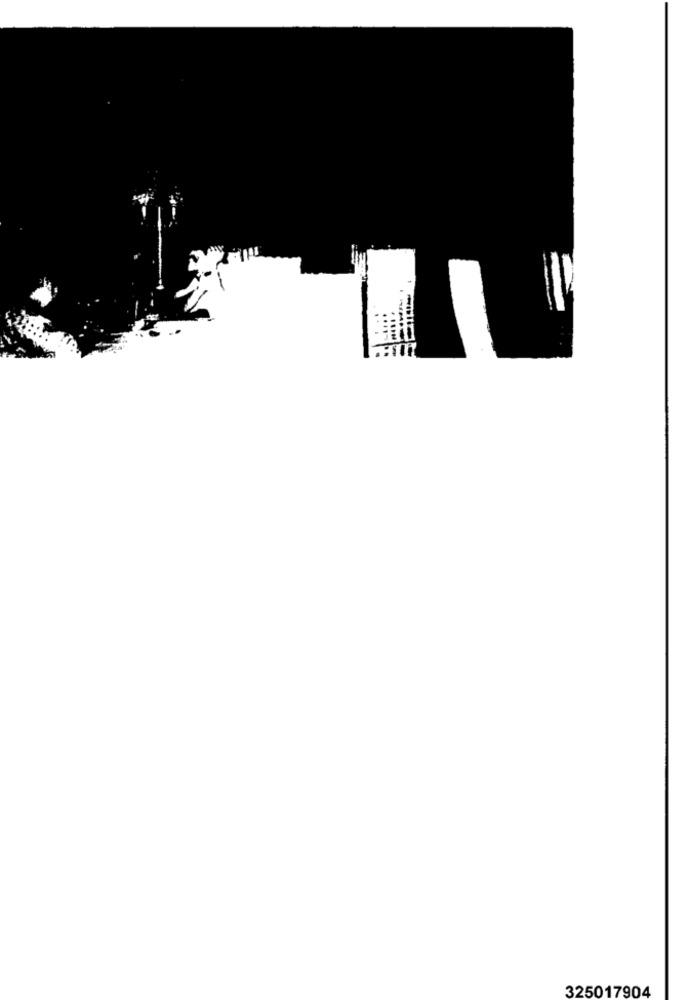
325017904